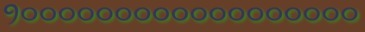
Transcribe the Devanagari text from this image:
१००००००००००००००००००